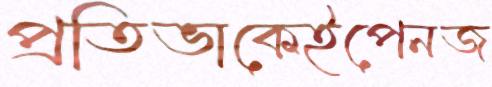
প্রতিভাকেইপেনজ